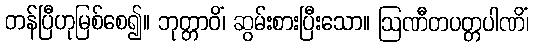
တန်ပြီဟုမြစ်စေ၍။ ဘုတ္တာဝိံ၊ ဆွမ်းစားပြီးသော။ ဩဏီတပတ္တပါဏိံ၊